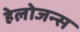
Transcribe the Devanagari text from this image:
हेलोजन्स